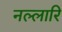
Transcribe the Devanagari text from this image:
नल्लारि